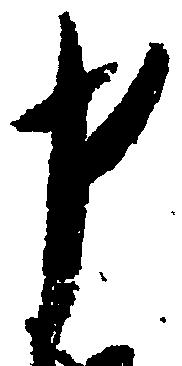
申